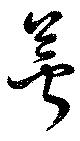
萼